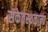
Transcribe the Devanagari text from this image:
संकेतस्थळाना